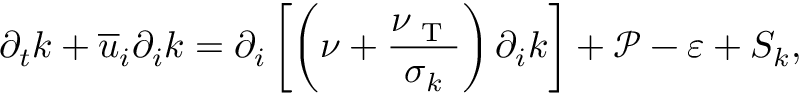
\partial _ { t } k + \overline { { u } } _ { i } \partial _ { i } k = \partial _ { i } \left[ \left( \nu + \frac { \nu _ { \mathrm { ~ T ~ } } } { \sigma _ { k } } \right) \partial _ { i } k \right] + \mathcal { P } - \varepsilon + S _ { k } ,